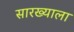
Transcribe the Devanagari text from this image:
सारख्याला